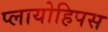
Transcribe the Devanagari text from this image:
प्लायोहिपस